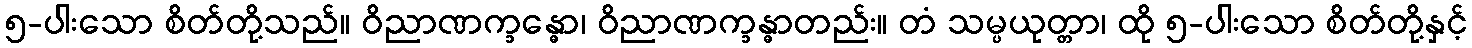
၅-ပါးသော စိတ်တို့သည်။ ဝိညာဏက္ခန္ဓော၊ ဝိညာဏက္ခန္ဓာတည်း။ တံ သမ္ပယုတ္တာ၊ ထို ၅-ပါးသော စိတ်တို့နှင့်